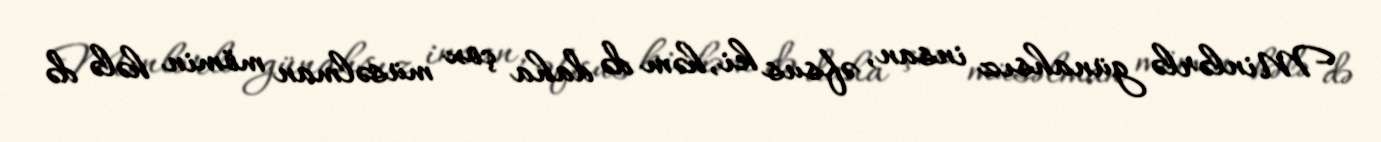
Minlərlə günahsız insan, əfsus ki, həm də daha çox müsəlman mömin hələ də